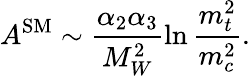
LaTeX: A^{\mathrm{SM}}\sim\frac{\alpha_{2}\alpha_{3}}{M_{W}^{2}}\ln\frac{m_{t}^{2}}{m_{c}^{2}}.